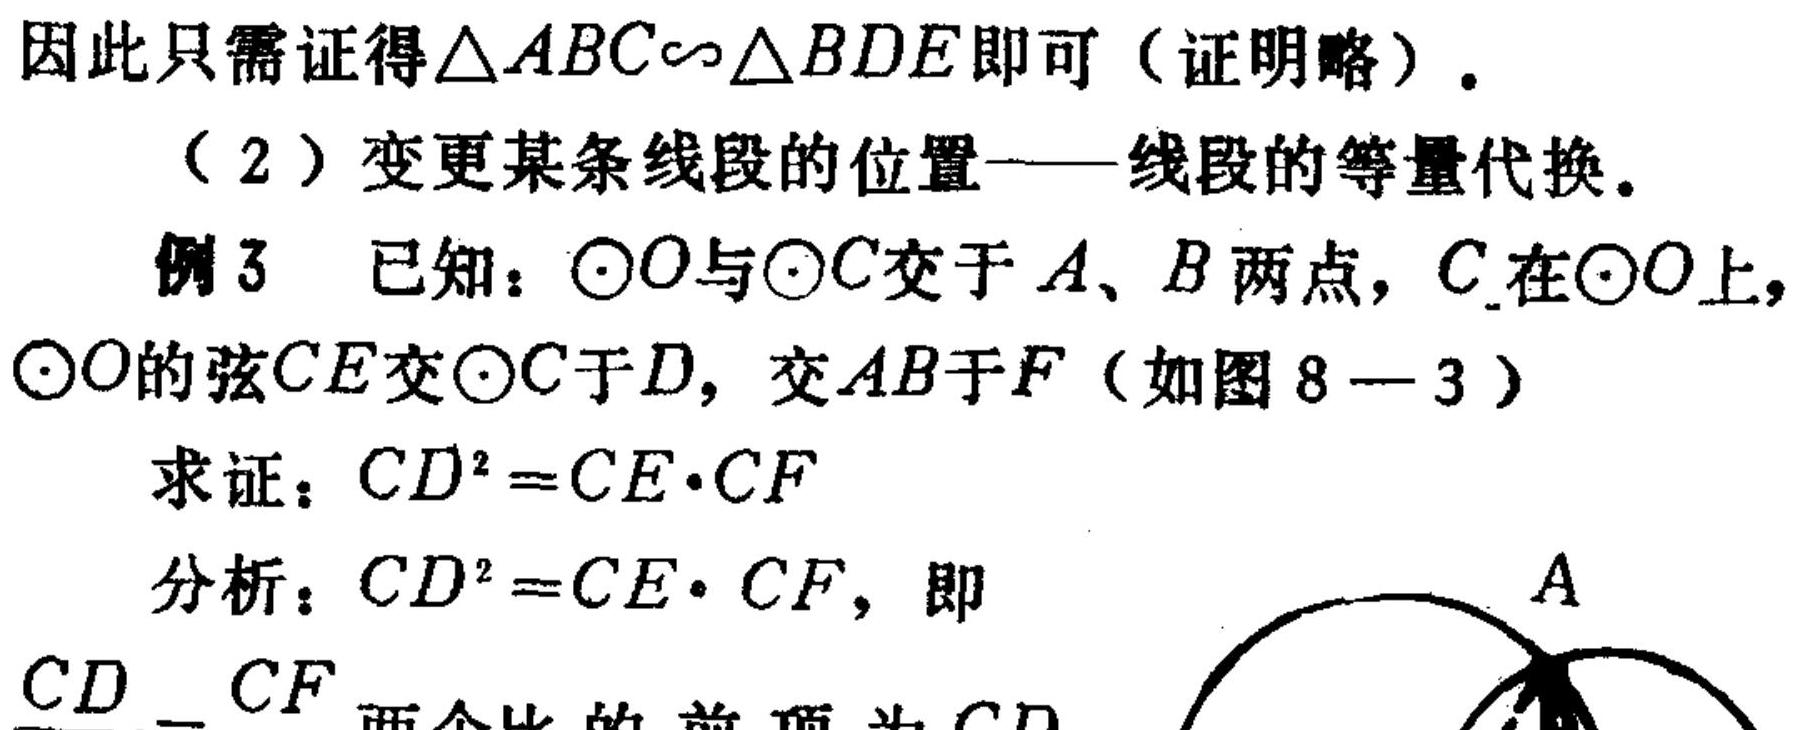
因此只需证得$\triangle ABC\sim\triangle BDE$即可（证明略）。
（2）变更某条线段的位置——线段的等量代换。
例3 已知：$\odot O$与$\odot C$交于$A、B$两点，$C$在$\odot O$上，$\odot O$的弦$CE$交$\odot C$于$D$，交$AB$于$F$（如图$8 - 3$）
求证：$CD^{2}=CE\cdot CF$
分析：$CD^{2}=CE\cdot CF$，即
$CD = CF$两个比的前项为$CD$
 <img src="https://pic2.zhimg.com/v2-8c89969c869999699699996996999999_b.jpg" width="200">  A